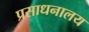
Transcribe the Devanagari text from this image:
प्रसाधनालय